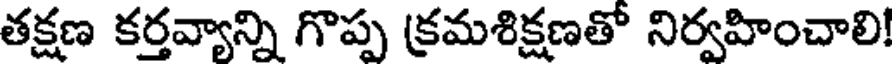
తక్షణ కర్తవ్యాన్ని గొప్ప క్రమశిక్షణతో నిర్వహించాలి!